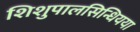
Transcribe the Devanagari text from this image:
शिशुपालसिन्धियया